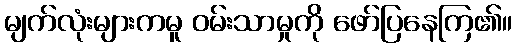
မျက်လုံးများကမူ ဝမ်းသာမှုကို ဖော်ပြနေကြ၏။